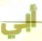
أبي